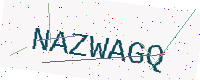
Text: NAZWAGQ